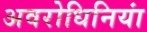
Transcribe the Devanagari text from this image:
अवरोधिनियां